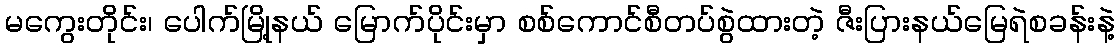
မကွေးတိုင်း၊ ပေါက်မြို့နယ် မြောက်ပိုင်းမှာ စစ်ကောင်စီတပ်စွဲထားတဲ့ ဇီးပြားနယ်မြေရဲစခန်းနဲ့